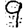
Digit: 9